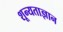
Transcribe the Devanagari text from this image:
शून्यताज्ञान